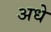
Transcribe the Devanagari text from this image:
अधे